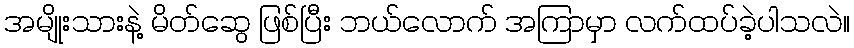
အမျိုးသားနဲ့ မိတ်ဆွေ ဖြစ်ပြီး ဘယ်လောက် အကြာမှာ လက်ထပ်ခဲ့ပါသလဲ။